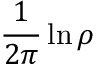
{ \frac { 1 } { 2 \pi } } \ln \rho